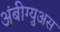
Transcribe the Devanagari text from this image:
अंबीग्युअस